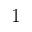
1